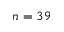
n = 3 9